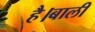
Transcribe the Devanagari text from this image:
है।बाली